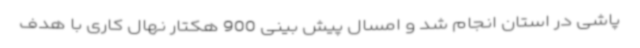
پاشی در استان انجام شد و امسال پیش بینی 900 هکتار نهال کاری با هدف